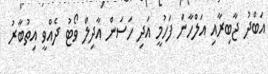
އަބްދު ޖާބިރާއި އަލްހާން ފަހުމީ އަދި ހަސަން އާދިލް ވޯޓު ދެއްވީ އިތުބާރު